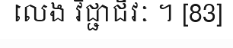
លេង វិជ្ជាជីវៈ ។ [83]